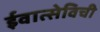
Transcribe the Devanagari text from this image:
ईवात्सेविची